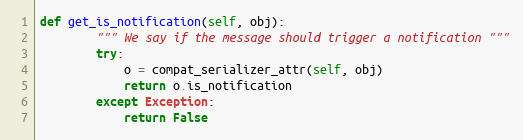
Language: Python
def get_is_notification(self, obj):
        """ We say if the message should trigger a notification """
        try:
            o = compat_serializer_attr(self, obj)
            return o.is_notification
        except Exception:
            return False